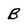
Character: B